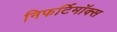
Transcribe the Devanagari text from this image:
निफर्टिमॉक्स